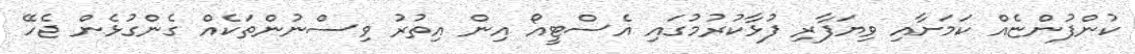
ކުންފުންޏެއް ކަމަށާއި ވިޔަފާރި ފުޅާކުރުމުގައި އެސްޓީއޯ އިން އިތުރު ވިސްނުންތަކެއް ގެންގުޅެން ޖެހޭ